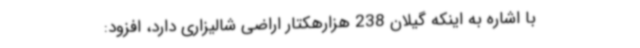
با اشاره به اینکه گیلان 238 هزارهکتار اراضی شالیزاری دارد، افزود: